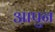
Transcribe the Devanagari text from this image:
आपुन